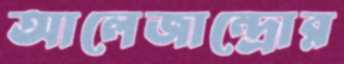
আলেজান্দ্রোর